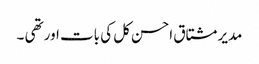
مدیر مشتاق احسن کل کی بات اور تھی ۔